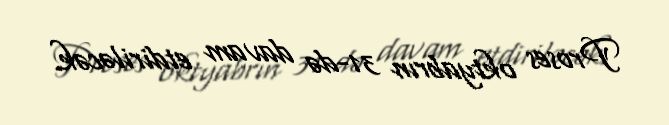
Proses oktyabrın 31-də davam etdiriləcək.